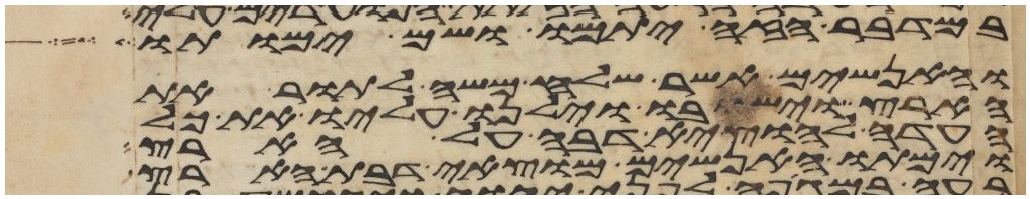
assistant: במדבר הזה יתמו ושם ימותו
והאנשים אשר שלח משה לתור את
הארץ וישבו וילנו עליו את כל
העדה להוציא דבה על הארץ
וימתו האנשים מוצאי דבת הארץ